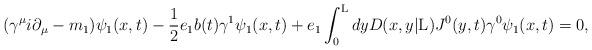
LaTeX: \begin{align*}({\gamma}^{\mu} i {\partial}_{\mu} - m_1){\psi}_1(x,t) -\frac{1}{2} e_1 b(t) {\gamma}^1 {\psi}_1(x,t) +e_1 \int_{0}^{\rm L} dy D(x,y|{\rm L}) J^0(y,t){\gamma}^0 {\psi}_1(x,t) =0,\end{align*}